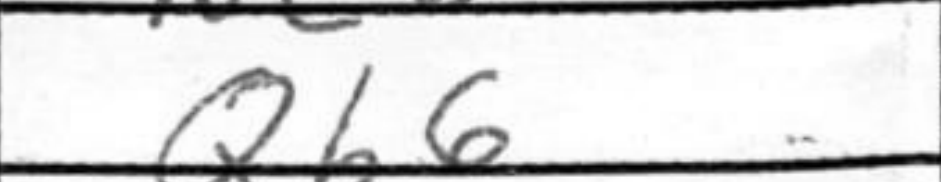
Transcription: Qb6